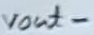
Text: vout-